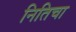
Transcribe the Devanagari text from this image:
नितिचा